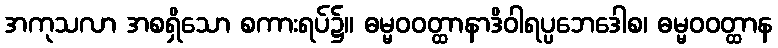
အကုသလာ အစရှိသော စကားရပ်၌။ ဓမ္မဝဝတ္ထာနာဒိဝါရပ္ပဘေဒေါစ၊ ဓမ္မဝဝတ္ထာန